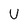
Character: U